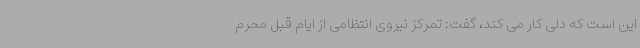
این است که دلی کار می کند، گفت: تمرکز نیروی انتظامی از ایام قبل محرم